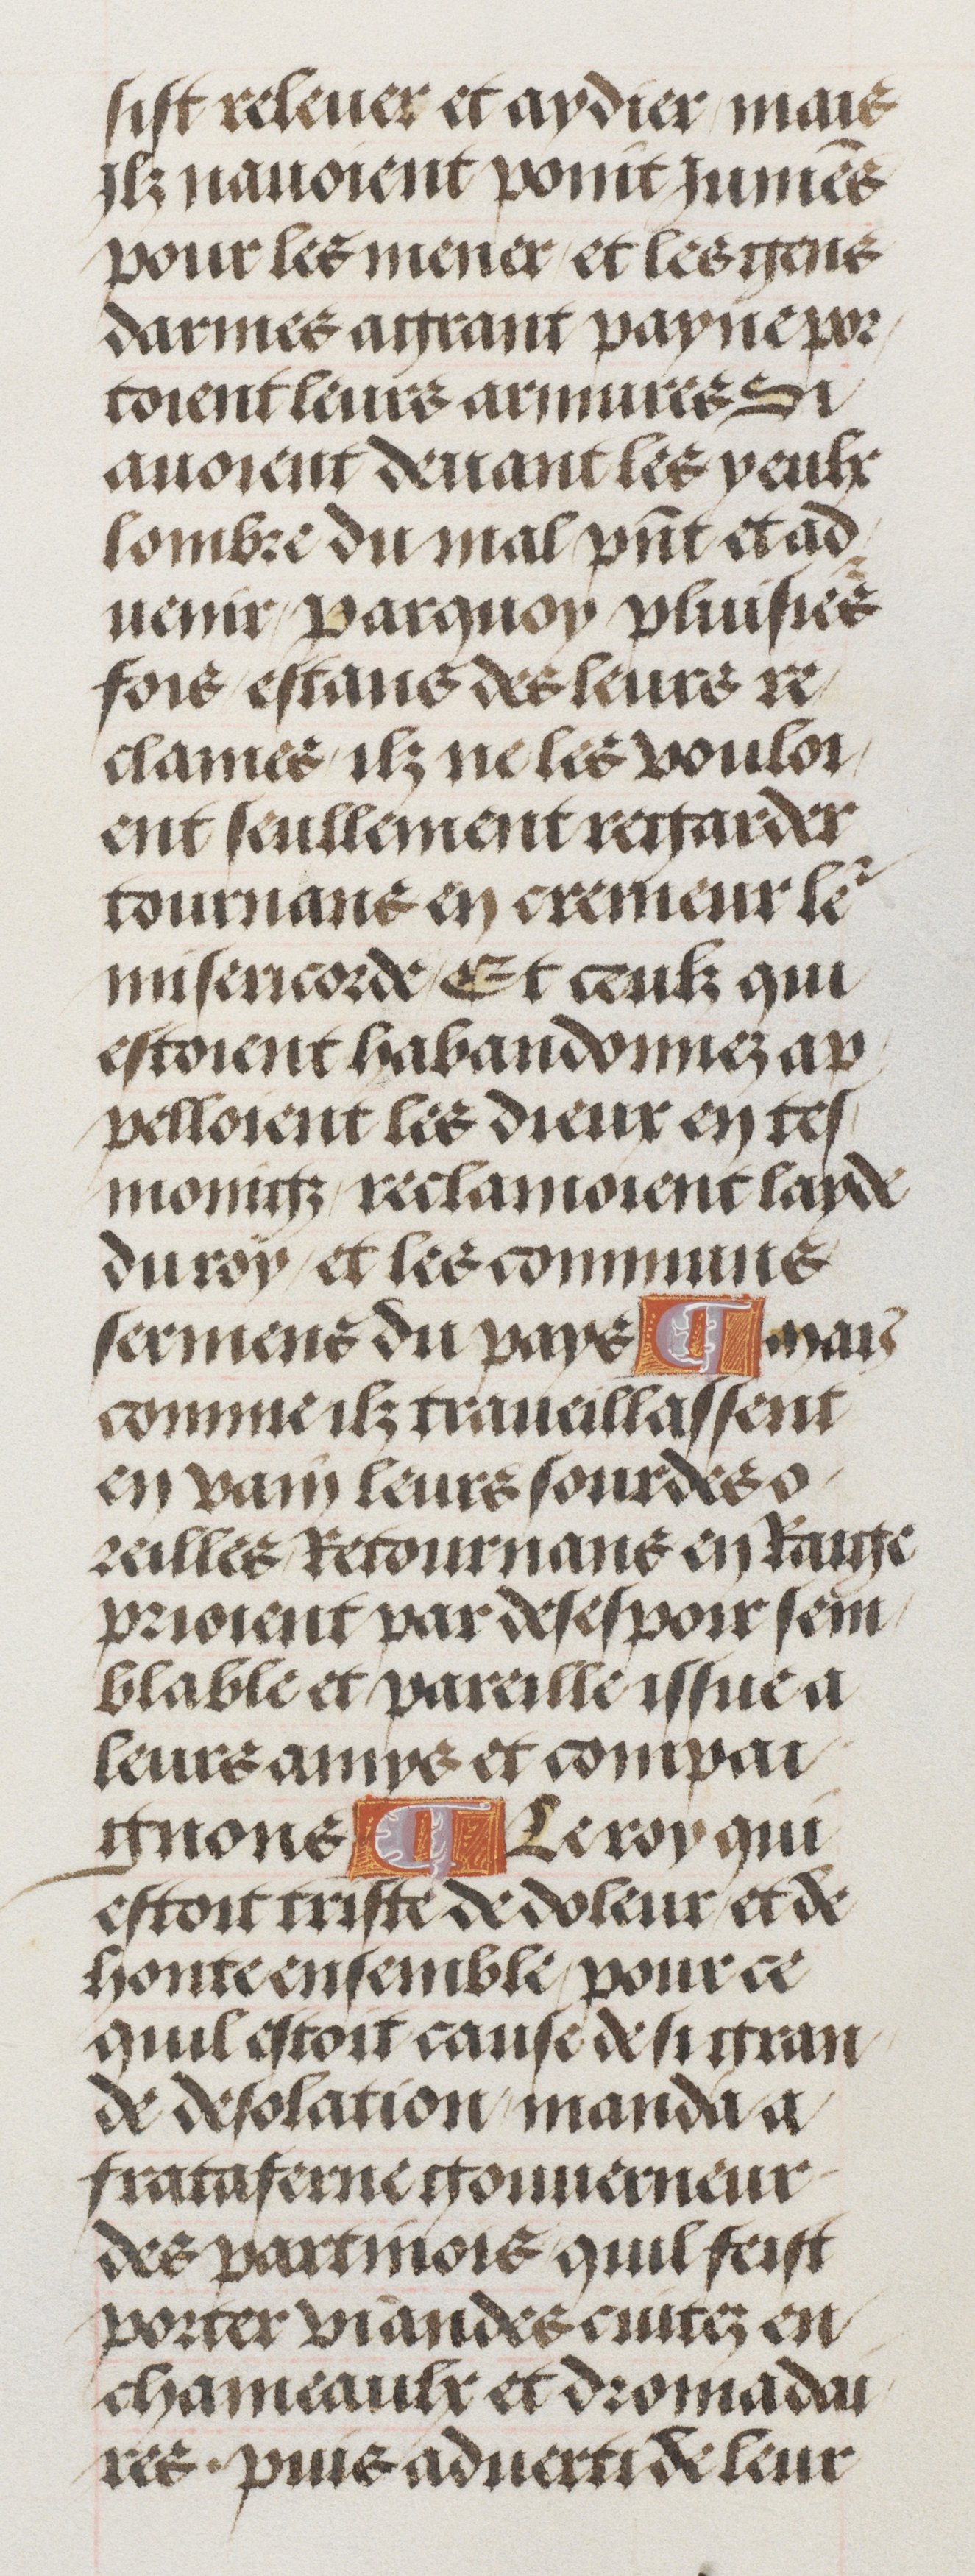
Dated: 1460–1515